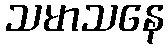
သမာသနေ